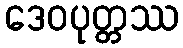
ဒေဝပုတ္တဿ